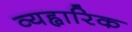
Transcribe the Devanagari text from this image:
व्यह्वारिक